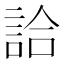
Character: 詥